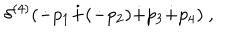
LaTeX: \delta ^ { ( 4 ) } ( \dot { - } p _ { 1 } \dot { + } ( \dot { - } p _ { 2 } ) \dot { + } p _ { 3 } \dot { + } p _ { 4 } ) ~ ,